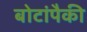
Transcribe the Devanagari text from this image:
बोटांपैकी